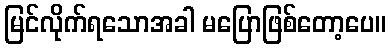
မြင်လိုက်ရသောအခါ မပြောဖြစ်တော့ပေ။